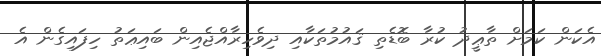
އެކަން ކަމަށް ތާޢީދު ކުރާ ބޮޑެތި ޤައުމުތަކާއި ދިވެހިރާއްޖެއިން ބައިޢަތު ހިފައިގެން އެ